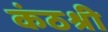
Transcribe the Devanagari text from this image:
कंठश्री